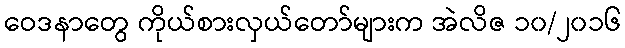
ဝေဒနာတွေ ကိုယ်စားလှယ်တော်များက အဲလိဇ ၁၀/၂၀၁၆